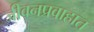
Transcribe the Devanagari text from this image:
जीवनप्रवाहात